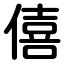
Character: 僖